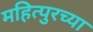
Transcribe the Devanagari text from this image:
महित्पुरच्या